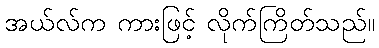
အယ်လ်က ကားဖြင့် လိုက်ကြိတ်သည်။